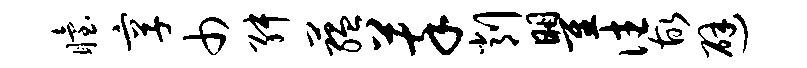
眙享巾舛蕴萃削瞿往故避